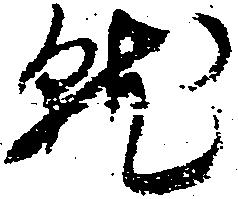
就